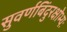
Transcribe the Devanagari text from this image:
सुवर्णबिंदुरक्षोभ्यः